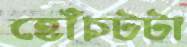
হোঁচটটা